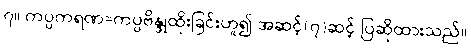
၇။ ကပ္ပကရဏ=ကပ္ပဗိန္ဒုထိုးခြင်းဟူ၍ အဆင့်(၇)ဆင့် ပြဆိုထားသည်။